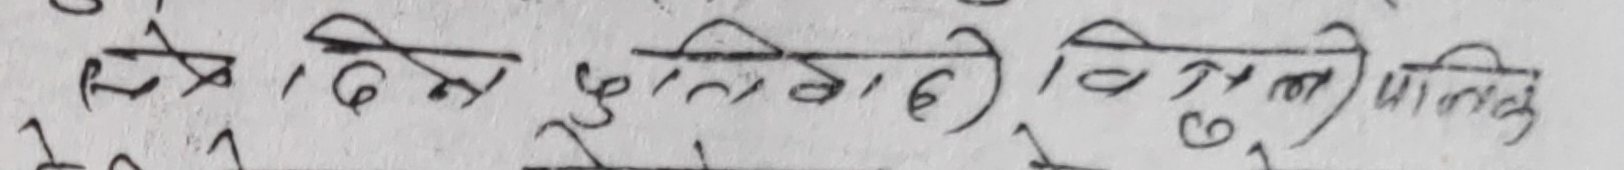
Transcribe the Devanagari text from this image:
सि, दिम युद्धकाले विसंग पालिक